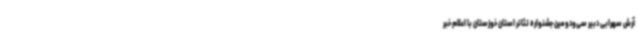
آرش سهرابی دبیر سی‌ودومین جشنواره تئاتر استان خوزستان با اعلام خبر